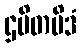
ဌပိတမိဒံ